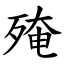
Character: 殗